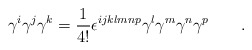
\begin{align*}\gamma ^{i}\gamma ^{j}\gamma ^{k}=\frac{1}{4!}\epsilon ^{ijklmnp}\gamma^{l}\gamma ^{m}\gamma ^{n}\gamma ^{p}\qquad .\end{align*}